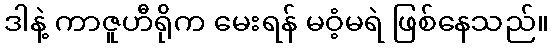
ဒါနဲ့ ကာဇူဟီရိုက မေးရန် မဝံ့မရဲ ဖြစ်နေသည်။